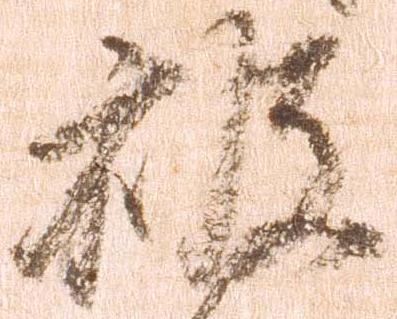
被